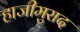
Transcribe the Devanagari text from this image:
हाजीमुराद